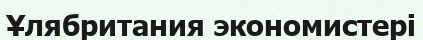
Ұлябритания экономистері